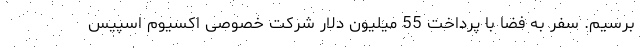
برسیم. سفر به فضا با پرداخت 55 میلیون دلار شرکت خصوصی اکسیوم اسپیس